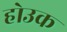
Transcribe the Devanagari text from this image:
होउक